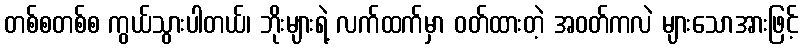
တစ်စတစ်စ ကွယ်သွားပါတယ်၊ ဘိုးများရဲ့ လက်ထက်မှာ ဝတ်ထားတဲ့ အဝတ်ကလဲ များသောအားဖြင့်